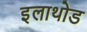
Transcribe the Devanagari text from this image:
इलाथोड